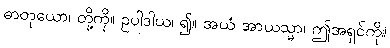
ဓာတုယော၊ တို့ကို။ ဥပါဒါယ၊ ၍။ အယံ အာယသ္မာ၊ ဤအရှင်ကို။